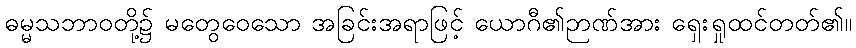
ဓမ္မသဘာဝတို့၌ မတွေဝေသော အခြင်းအရာဖြင့် ယောဂီ၏ဉာဏ်အား ရှေးရှုထင်တတ်၏။